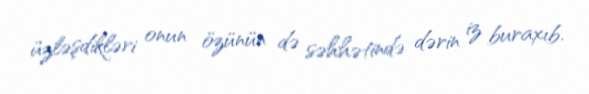
üzləşdikləri onun özünün də səhhətində dərin iz buraxıb.